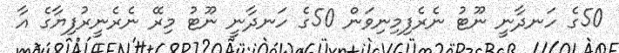
50ގެ ހަނދާނީ ނޫޓު ނެރެފިމިނިވަން 50ގެ ހަނދާނީ ނޫޓު މިރޭ ނެރެނީރުފިޔާގެ އާ